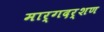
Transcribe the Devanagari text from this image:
मार्गदर्शण